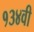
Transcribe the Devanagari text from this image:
१३४वी